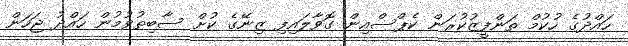
ހައްދުގެ ހުކުމް ތަންފީޒުކުރަން ކެޕްސްއިން ގޮވާލައިފި ޒިނޭގެ ކުށް ސާބިތުވުމުން ހައްދު ޖަހަން